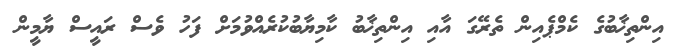
އިންތިޚާބުގެ ކެމްޕެއިން ތެރޭގަ އާއި އިންތިޚާބު ކާމިޔާބުކުރެއްވުމަށް ފަހު ވެސް ރައީސް ޔާމީން